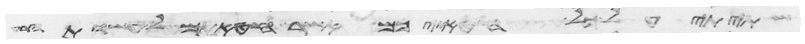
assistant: שתיתי על כל חטאתיכם אשר חטאתם לעשות הרע